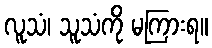
လူသံ၊ သူသံကို မကြားရ။